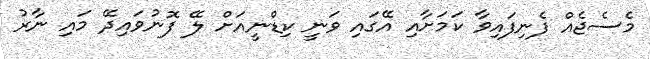
މެސެޖެއް ފެނިފައިވާ ކަމަށާއި އޭގައި ވަނީ ކިޑްނީއަށް ލޭ ފޮނުވައިދޭ މައި ނާރު